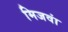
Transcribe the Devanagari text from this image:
मिजवां